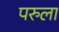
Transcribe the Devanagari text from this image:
परुला